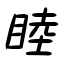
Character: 睦